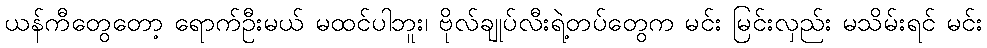
ယန်ကီတွေတော့ ရောက်ဦးမယ် မထင်ပါဘူး၊ ဗိုလ်ချုပ်လီးရဲ့တပ်တွေက မင်း မြင်းလှည်း မသိမ်းရင် မင်း